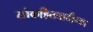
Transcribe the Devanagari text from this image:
लोकहितवादीच्या